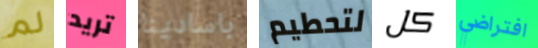
لم تريد باسادينا لتحطيم كل افتراضي